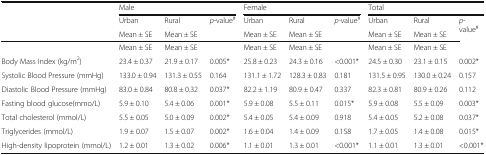
| <ROWSPAN=3>  | <COLSPAN=3> Male | <COLSPAN=3> Female | <COLSPAN=3> Total |
 | Urban | Rural | <ROWSPAN=2> p-value# | Urban | Rural | <ROWSPAN=2> p-value# | Urban | Rural | <ROWSPAN=2> p-value# |
 | Mean ± SE | Mean ± SE | Mean ± SE | Mean ± SE | Mean ± SE | Mean ± SE |
 | --- | --- | --- | --- | --- | --- | --- | --- | --- | --- |
 |  | Mean ± SE | Mean ± SE |  | Mean ± SE | Mean ± SE |  | Mean ± SE | Mean ± SE |  |
 | Body Mass Index (kg/m2) | 23.4 ± 0.37 | 21.9 ± 0.17 | 0.005* | 25.8 ± 0.23 | 24.3 ± 0.16 | <0.001* | 24.5 ± 0.30 | 23.1 ± 0.15 | 0.002* |
 | Systolic Blood Pressure (mmHg) | 133.0 ± 0.94 | 131.3 ± 0.55 | 0.164 | 131.1 ± 1.72 | 128.3 ± 0.83 | 0.181 | 131.5 ± 0.95 | 130.0 ± 0.24 | 0.157 |
 | Diastolic Blood Pressure (mmHg) | 83.0 ± 0.84 | 80.8 ± 0.32 | 0.037* | 82.2 ± 1.19 | 80.9 ± 0.47 | 0.337 | 82.3 ± 0.81 | 80.9 ± 0.26 | 0.112 |
 | Fasting blood glucose(mmo/L) | 5.9 ± 0.10 | 5.4 ± 0.06 | 0.001* | 5.9 ± 0.08 | 5.5 ± 0.11 | 0.015* | 5.9 ± 0.08 | 5.5 ± 0.09 | 0.003* |
 | Total cholesterol (mmol/L) | 5.5 ± 0.05 | 5.0 ± 0.09 | 0.002* | 5.4 ± 0.05 | 5.4 ± 0.09 | 0.918 | 5.4 ± 0.05 | 5.2 ± 0.08 | 0.037* |
 | Triglycerides (mmol/L) | 1.9 ± 0.07 | 1.5 ± 0.07 | 0.002* | 1.6 ± 0.04 | 1.4 ± 0.09 | 0.158 | 1.7 ± 0.05 | 1.4 ± 0.08 | 0.015* |
 | High-density lipoprotein (mmol/L) | 1.2 ± 0.01 | 1.3 ± 0.02 | 0.006* | 1.1 ± 0.01 | 1.3 ± 0.01 | <0.001* | 1.1 ± 0.01 | 1.3 ± 0.01 | <0.001* |